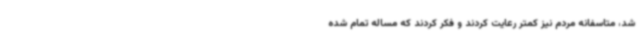
شد، متاسفانه مردم نیز کمتر رعایت کردند و فکر کردند که مساله تمام شده